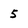
Character: 5